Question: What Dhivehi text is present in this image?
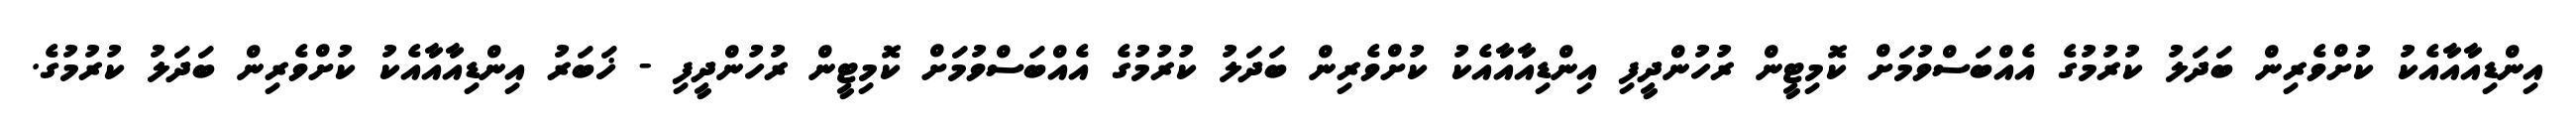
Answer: އިންޑިއާއާއެކު ކުށްވެރިން ބަދަލު ކުރުމުގެ އެއްބަސްވުމަށް ކޮމިޓީން ރުހުންދީފި އިންޑިއާއާއެކު ކުށްވެރިން ބަދަލު ކުރުމުގެ އެއްބަސްވުމަށް ކޮމިޓީން ރުހުންދީފި - ޚަބަރު އިންޑިއާއާއެކު ކުށްވެރިން ބަދަލު ކުރުމުގެ.